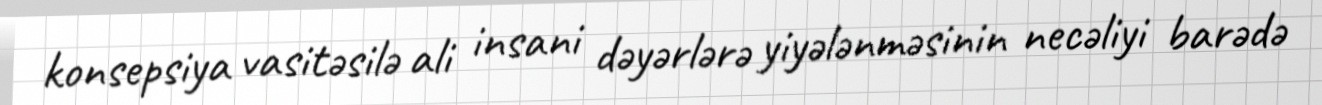
konsepsiya vasitəsilə ali insani dəyərlərə yiyələnməsinin necəliyi barədə